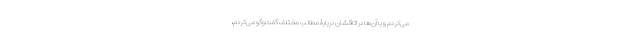
می‌کردم و با آن‌ها در اتاقشان دربارۀ مطالب مختلف گفت‌وگو می‌کردم،